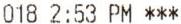
018 2:53 PM ***